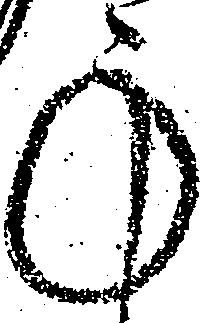
承